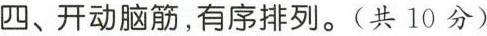
四、开动脑筋，有序排列。（共10分）